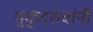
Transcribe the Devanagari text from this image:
मुकुंदरावांनी